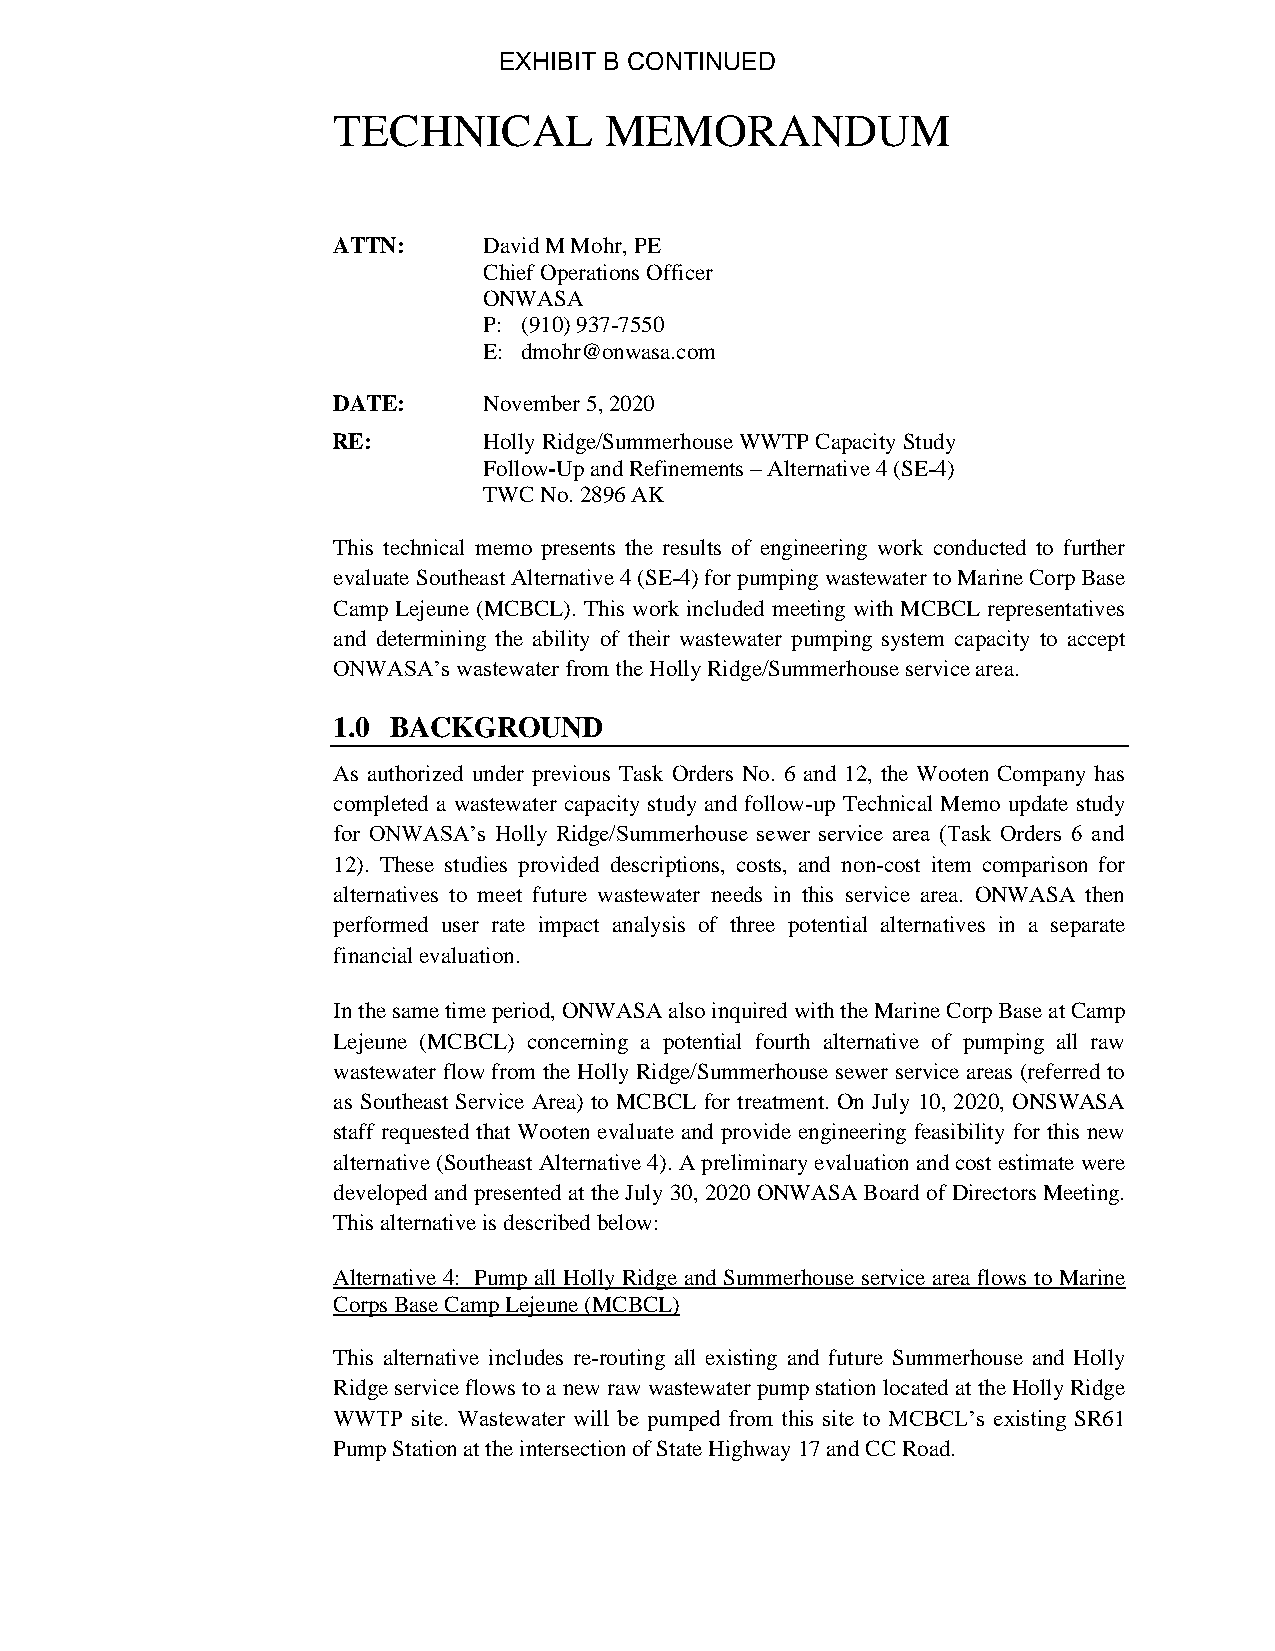
EXHIBIT B CONTINUED
 TECHNICAL         MEMORANDUM
 ATTN:     David M Mohr, PE
 Chief Operations Officer
 ONWASA
 P: (910) 937-7550
 E: dmohr@onwasa.com
 DATE:     November 5, 2020
 RE:       Holly Ridge/Summerhouse WWTP Capacity Study
 Follow-Up and Refinements – Alternative 4 (SE-4)
 TWC No. 2896 AK
 This technical memo presents the results of engineering work conducted to further
 evaluate Southeast Alternative 4 (SE-4) for pumping wastewater to Marine Corp Base
 Camp Lejeune (MCBCL). This work included meeting with MCBCL representatives
 and determining the ability of their wastewater pumping system capacity to accept
 ONWASA’s wastewater from the Holly Ridge/Summerhouse service area.
 1.0 BACKGROUND
 As authorized under previous Task Orders No. 6 and 12, the Wooten Company has
 completed a wastewater capacity study and follow-up Technical Memo update study
 for ONWASA’s Holly Ridge/Summerhouse sewer service area (Task Orders 6 and
 12). These studies provided descriptions, costs, and non-cost item comparison for
 alternatives to meet future wastewater needs in this service area. ONWASA then
 performed user rate impact analysis of three potential alternatives in a separate
 financial evaluation.
 In the same time period, ONWASA also inquired with the Marine Corp Base at Camp
 Lejeune (MCBCL) concerning a potential fourth alternative of pumping all raw
 wastewater flow from the Holly Ridge/Summerhouse sewer service areas (referred to
 as Southeast Service Area) to MCBCL for treatment. On July 10, 2020, ONSWASA
 staff requested that Wooten evaluate and provide engineering feasibility for this new
 alternative (Southeast Alternative 4). A preliminary evaluation and cost estimate were
 developed and presented at the July 30, 2020 ONWASA Board of Directors Meeting.
 This alternative is described below:
 Alternative 4: Pump all Holly Ridge and Summerhouse service area flows to Marine
 Corps Base Camp Lejeune (MCBCL)
 This alternative includes re-routing all existing and future Summerhouse and Holly
 Ridge service flows to a new raw wastewater pump station located at the Holly Ridge
 WWTP site. Wastewater will be pumped from this site to MCBCL’s existing SR61
 Pump Station at the intersection of State Highway 17 and CC Road.